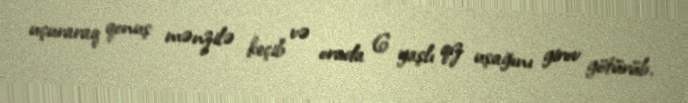
uçuraraq qonuş mənzilə keçib və orada 6 yaşlı qız uşağını girov götürüb.